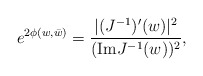
\begin{align*}e^{2\phi(w,\bar{w})} = {|(J^{-1})'(w)|^2\over ({\rm Im} J^{-1}(w))^2},\end{align*}